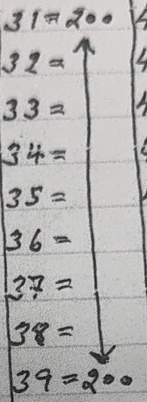
31 = 200
32 = 200
33 = 200
34 = 200
35 = 200
36 = 200
37 = 200
38 = 200
39 = 200